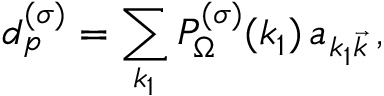
d _ { p } ^ { ( \sigma ) } = \sum _ { k _ { 1 } } { \cal P } _ { \Omega } ^ { ( \sigma ) } ( k _ { 1 } ) \, a _ { k _ { 1 } { \vec { k } } } \, ,